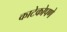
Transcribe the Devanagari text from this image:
काटेकोपणे